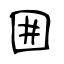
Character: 囲